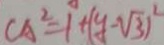
C A ^ { 2 } = 1 + ( y - \sqrt { 3 } ) ^ { 2 }